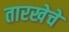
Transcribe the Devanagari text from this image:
तारखेचे